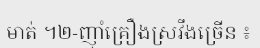
មាត់ ។២-ញ៉ាំគ្រឿងស្រវឹងច្រើន ៖